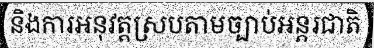
និងការអនុវត្តស្របតាមច្បាប់អន្តរជាតិ